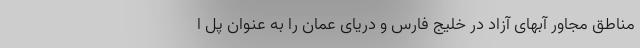
مناطق مجاور آبهای آزاد در خلیج فارس و دریای عمان را به عنوان پل ا